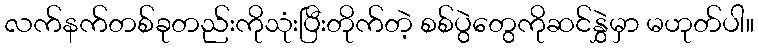
လက်နက်တစ်ခုတည်းကိုသုံးပြီးတိုက်တဲ့ စစ်ပွဲတွေကိုဆင်နွှဲမှာ မဟုတ်ပါ။